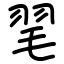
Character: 毣